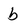
Character: b